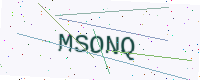
Text: MSONQ